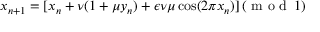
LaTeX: x _ { n + 1 } = [ x _ { n } + \nu ( 1 + \mu y _ { n } ) + \epsilon \nu \mu \cos ( 2 \pi x _ { n } ) ] \, ( { \textrm { m o d } } \, 1 )